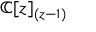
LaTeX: \mathbb { C } [ z ] _ { ( z - 1 ) }